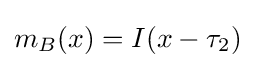
m_{B}(x)=I(x-\tau _{2})